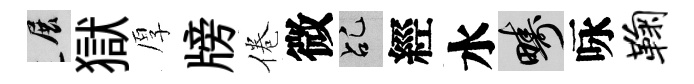
展獄厚牓倦微乩經水疇咏鞠